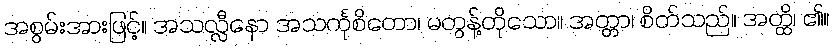
အစွမ်းအားဖြင့်။ အသလ္လီနော အသင်္ကုစိတော၊ မတွန့်တိုသော။ အတ္တာ၊ စိတ်သည်။ အတ္ထိ၊ ၏။